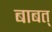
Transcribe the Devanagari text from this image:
बाबत्